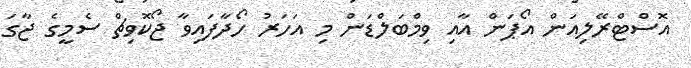
އޮސްޓްރޭލިއަން އޯޕަން އާއި ވިމްބަލްޑަން މި އަހަރު ހޯދާފައިވާ ޖޯކޮވިޗް ސެމީގެ ޖާގަ